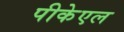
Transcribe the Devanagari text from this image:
पीकेएल